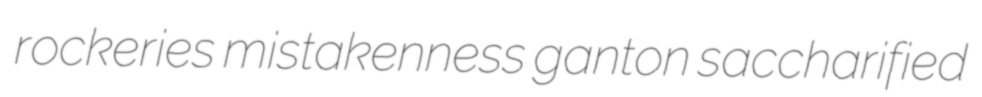
rockeries mistakenness ganton saccharified